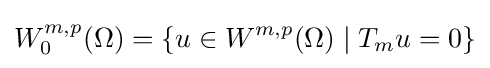
W_{0}^{m,p}(\Omega )=\{u\in W^{m,p}(\Omega )\mid T_{m}u=0\}